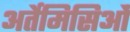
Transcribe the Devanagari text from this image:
अर्तेमिसिओं